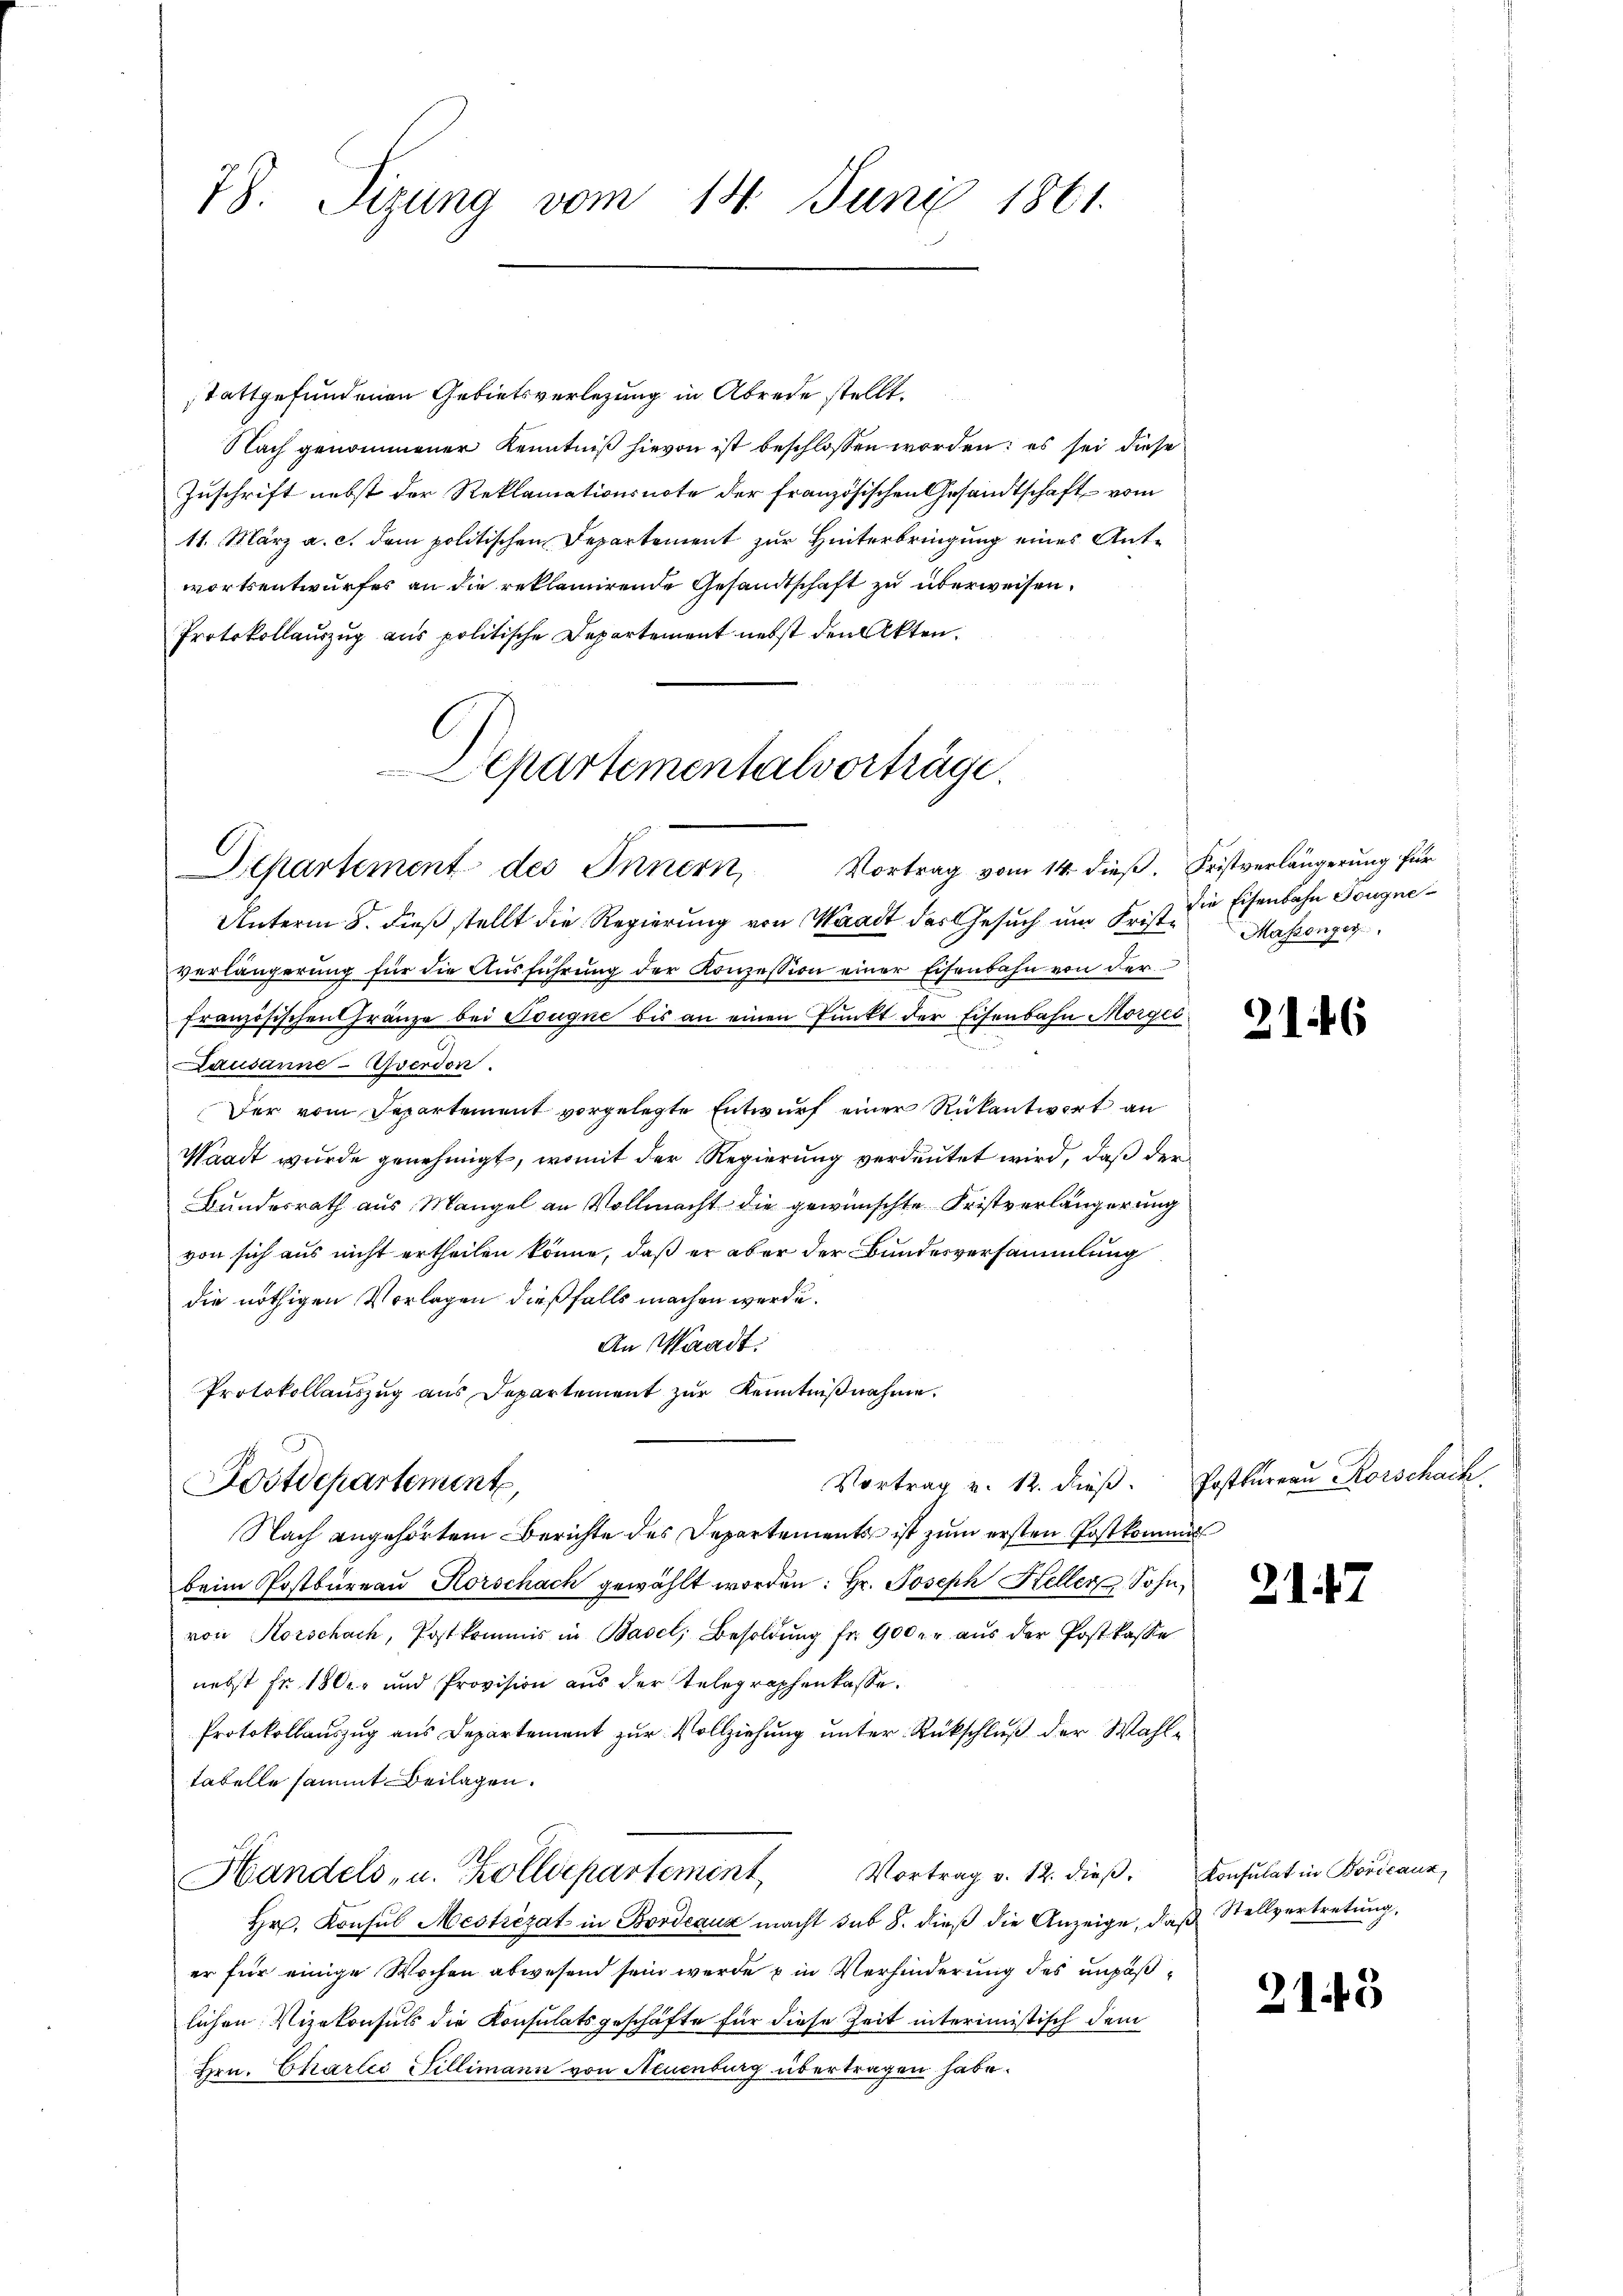
78. Sizung vom 14. Juni 1861.

stattgefundenen Gebietsverlegung in Abrede stellt.
Nach genommener Kenntniß hievon ist beschlossen worden: es sei diese
Zuschrift nebst der Reklamationsnote der Französischen Gesandtschaft vom
11. März a. c. dem politischen Departement zur Hinterbringung eines Antwortsentwurfes an die reklamirende Gesandtschaft zu überweisen.
Protokollauszug aus politische Departement nebst den Akten.

Unterm 8. dieß stellt die Regierung von Waadt des Gesuch um Frist die Eisenbahn Tougneverlängerung für die Ausführung der Konzession einer Eisenbahn von der
französischen Gränze bei Sougne bis an einen Punkt der Eisenbahn Morgić
Lausanne-Averdon.
Der vom Departement vorgelegte Entwurf einer Rükantwort an
Waadt wurde genehmigt, womit der Regierung verdeutet wird, daß der
Bundesrath aus Mangel an Vollmacht die gewünschte Fristverlängerung
von sich aus nicht ertheilen könne, daß er aber der Bundesversammlung
die nöthigen Vorlagen dießfalls machen werde.
An Waadt.
Protokollauszug aus Departement zur Kenntnißnahme.

Departementalverträge.
Departement des Innern, Vortrag vom 14. dieß. Fristverlängerung für

Postdepartement,

Vortrag v. 12. dieβ. Postkureau Korschach

Massenger

Nach angehörtem Berichte des Departements ist zum ersten Postkommen
beim Postbüreaŭ Horschach gewählt worden: Hr. Joseph Heller Sohn,
von Korschach, Postkommis in Basel, Besoldŭng fr. 900 er aŭs der Postkasse
nebst Fr. 180er und Provision aus der Telegraphenkasse.
Protokollauszug aus Departement zur Vollziehung unter Rückschluß der Wahltabelle sammt Beilagen.
Vortrag v. 12. dieβ. Konsulat in Bordeaux,
Handels, u. Zolldepartement
Hr. Konsul Mestrezat in Bordeaux macht sub 8. dieß die Anzeige, daß Stellvertretung,
er für einige Wochen abwesend sein werde in Verhinderung des unpäßlichen Vizekonsuls die Konsulatsgeschäfte für diese Zeit interimistisch dem
Hrn. Charlis Sillimann von Neuenburg übertragen habe.

2146

21

21.43